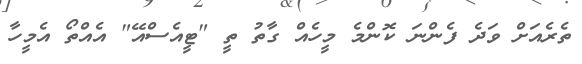
ތެރެއަށް ވަދެ ފެންނަ ކޮންމެ މީހެއް ގާތު ތީ "ޓީއެސްއޭ" އެއްތޯ އެމީހާ